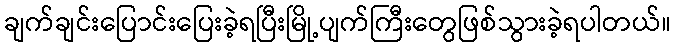
ချက်ချင်းပြောင်းပြေးခဲ့ရပြီးမြို့ပျက်ကြီးတွေဖြစ်သွားခဲ့ရပါတယ်။